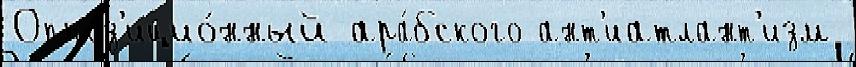
Оппоз'ицио́нный ара́бского ант'иатлант'изм